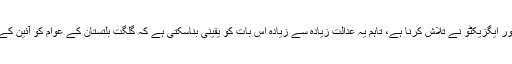
ان سوالوں کا حل پارلیمنٹ اور ایگزیکٹو نے تلاش کرنا ہے، تاہم یہ عدالت زیادہ سے زیادہ اس بات کو یقینی بناسکتی ہے کہ گلگت بلتستان کے عوام کو آئین کے تحت تمام حقوق مل جائیں۔